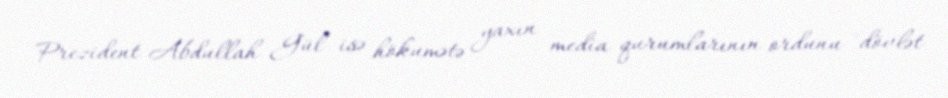
Prezident Abdullah Gül isə hökumətə yaxın media qurumlarının ordunu "dövlət